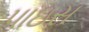
પાઇસ